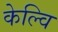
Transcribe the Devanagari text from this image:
केल्वि